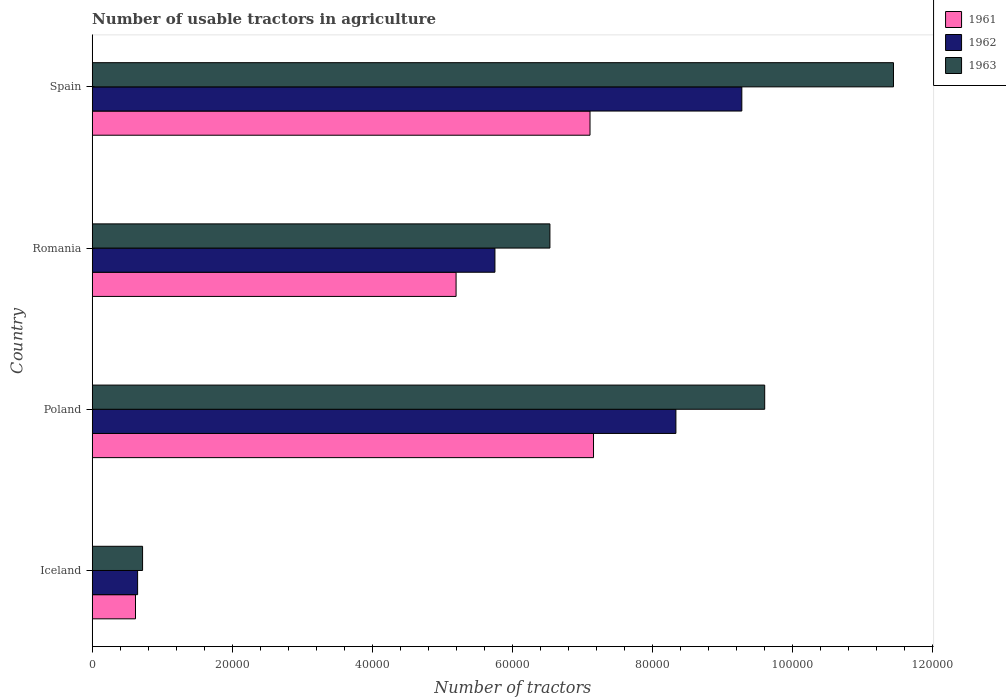
| Country | 1961 | 1962 | 1963 |
 | --- | --- | --- | --- |
 | Iceland | 6.18e+03 | 6.48e+03 | 7.19e+03 |
 | Poland | 7.16e+04 | 8.33e+04 | 9.6e+04 |
 | Romania | 5.2e+04 | 5.75e+04 | 6.54e+04 |
 | Spain | 7.11e+04 | 9.28e+04 | 1.14e+05 |